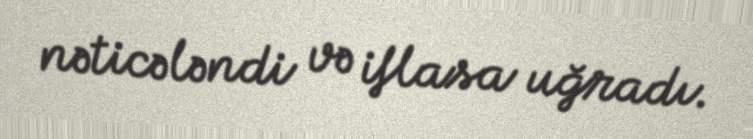
nəticələndi və iflasa uğradı.